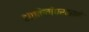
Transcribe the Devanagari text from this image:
भाकितांप्रमाणे